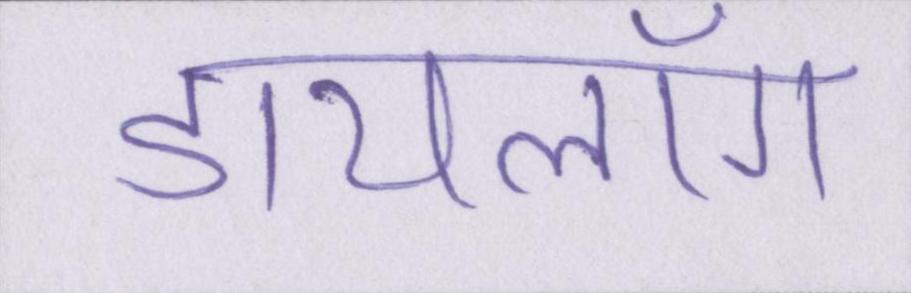
डायलॉग